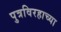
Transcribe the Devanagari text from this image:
पुत्रविरहाच्या